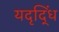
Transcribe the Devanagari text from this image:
यदृद्धिं